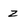
Character: 2